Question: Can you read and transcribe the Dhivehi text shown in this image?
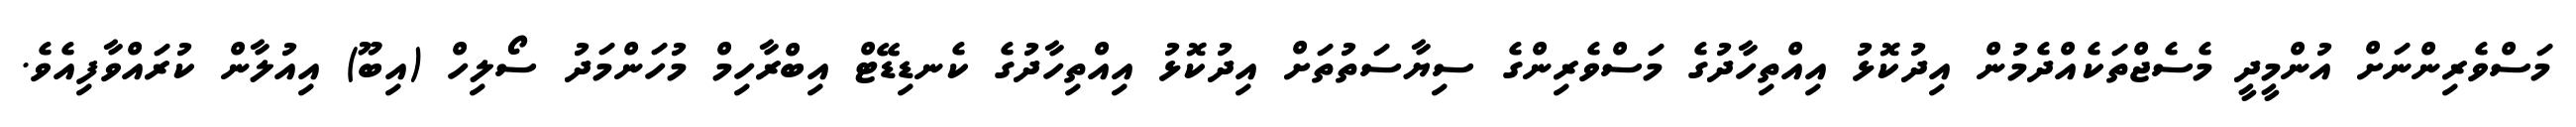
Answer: މަސްވެރިންނަށް އުންމީދީ މެސެޖްތަކެއްދެމުން އިދުކޮޅު އިއްތިހާދުގެ މަސްވެރިންގެ ސިޔާސަތުތަށް އިދުކޮޅު އިއްތިހާދުގެ ކެނޑިޑޭޓް އިބްރާހިމް މުހަންމަދު ސޯލިހް (އިބޫ) އިއުލާން ކުރައްވާފިއެވެ.